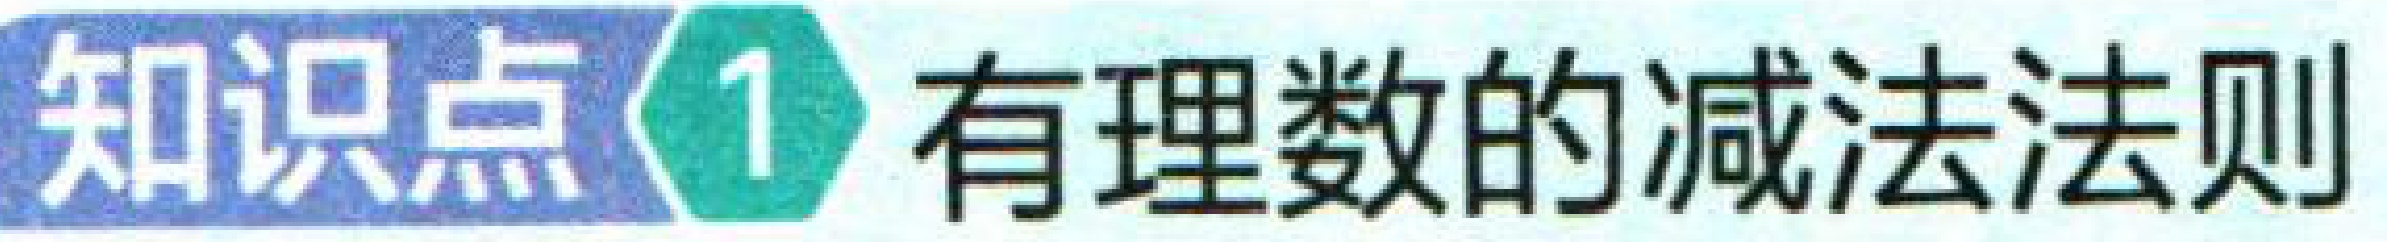
知识点\(1\) 有理数的减法法则